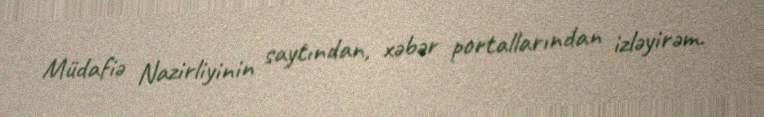
Müdafiə Nazirliyinin saytından, xəbər portallarından izləyirəm.